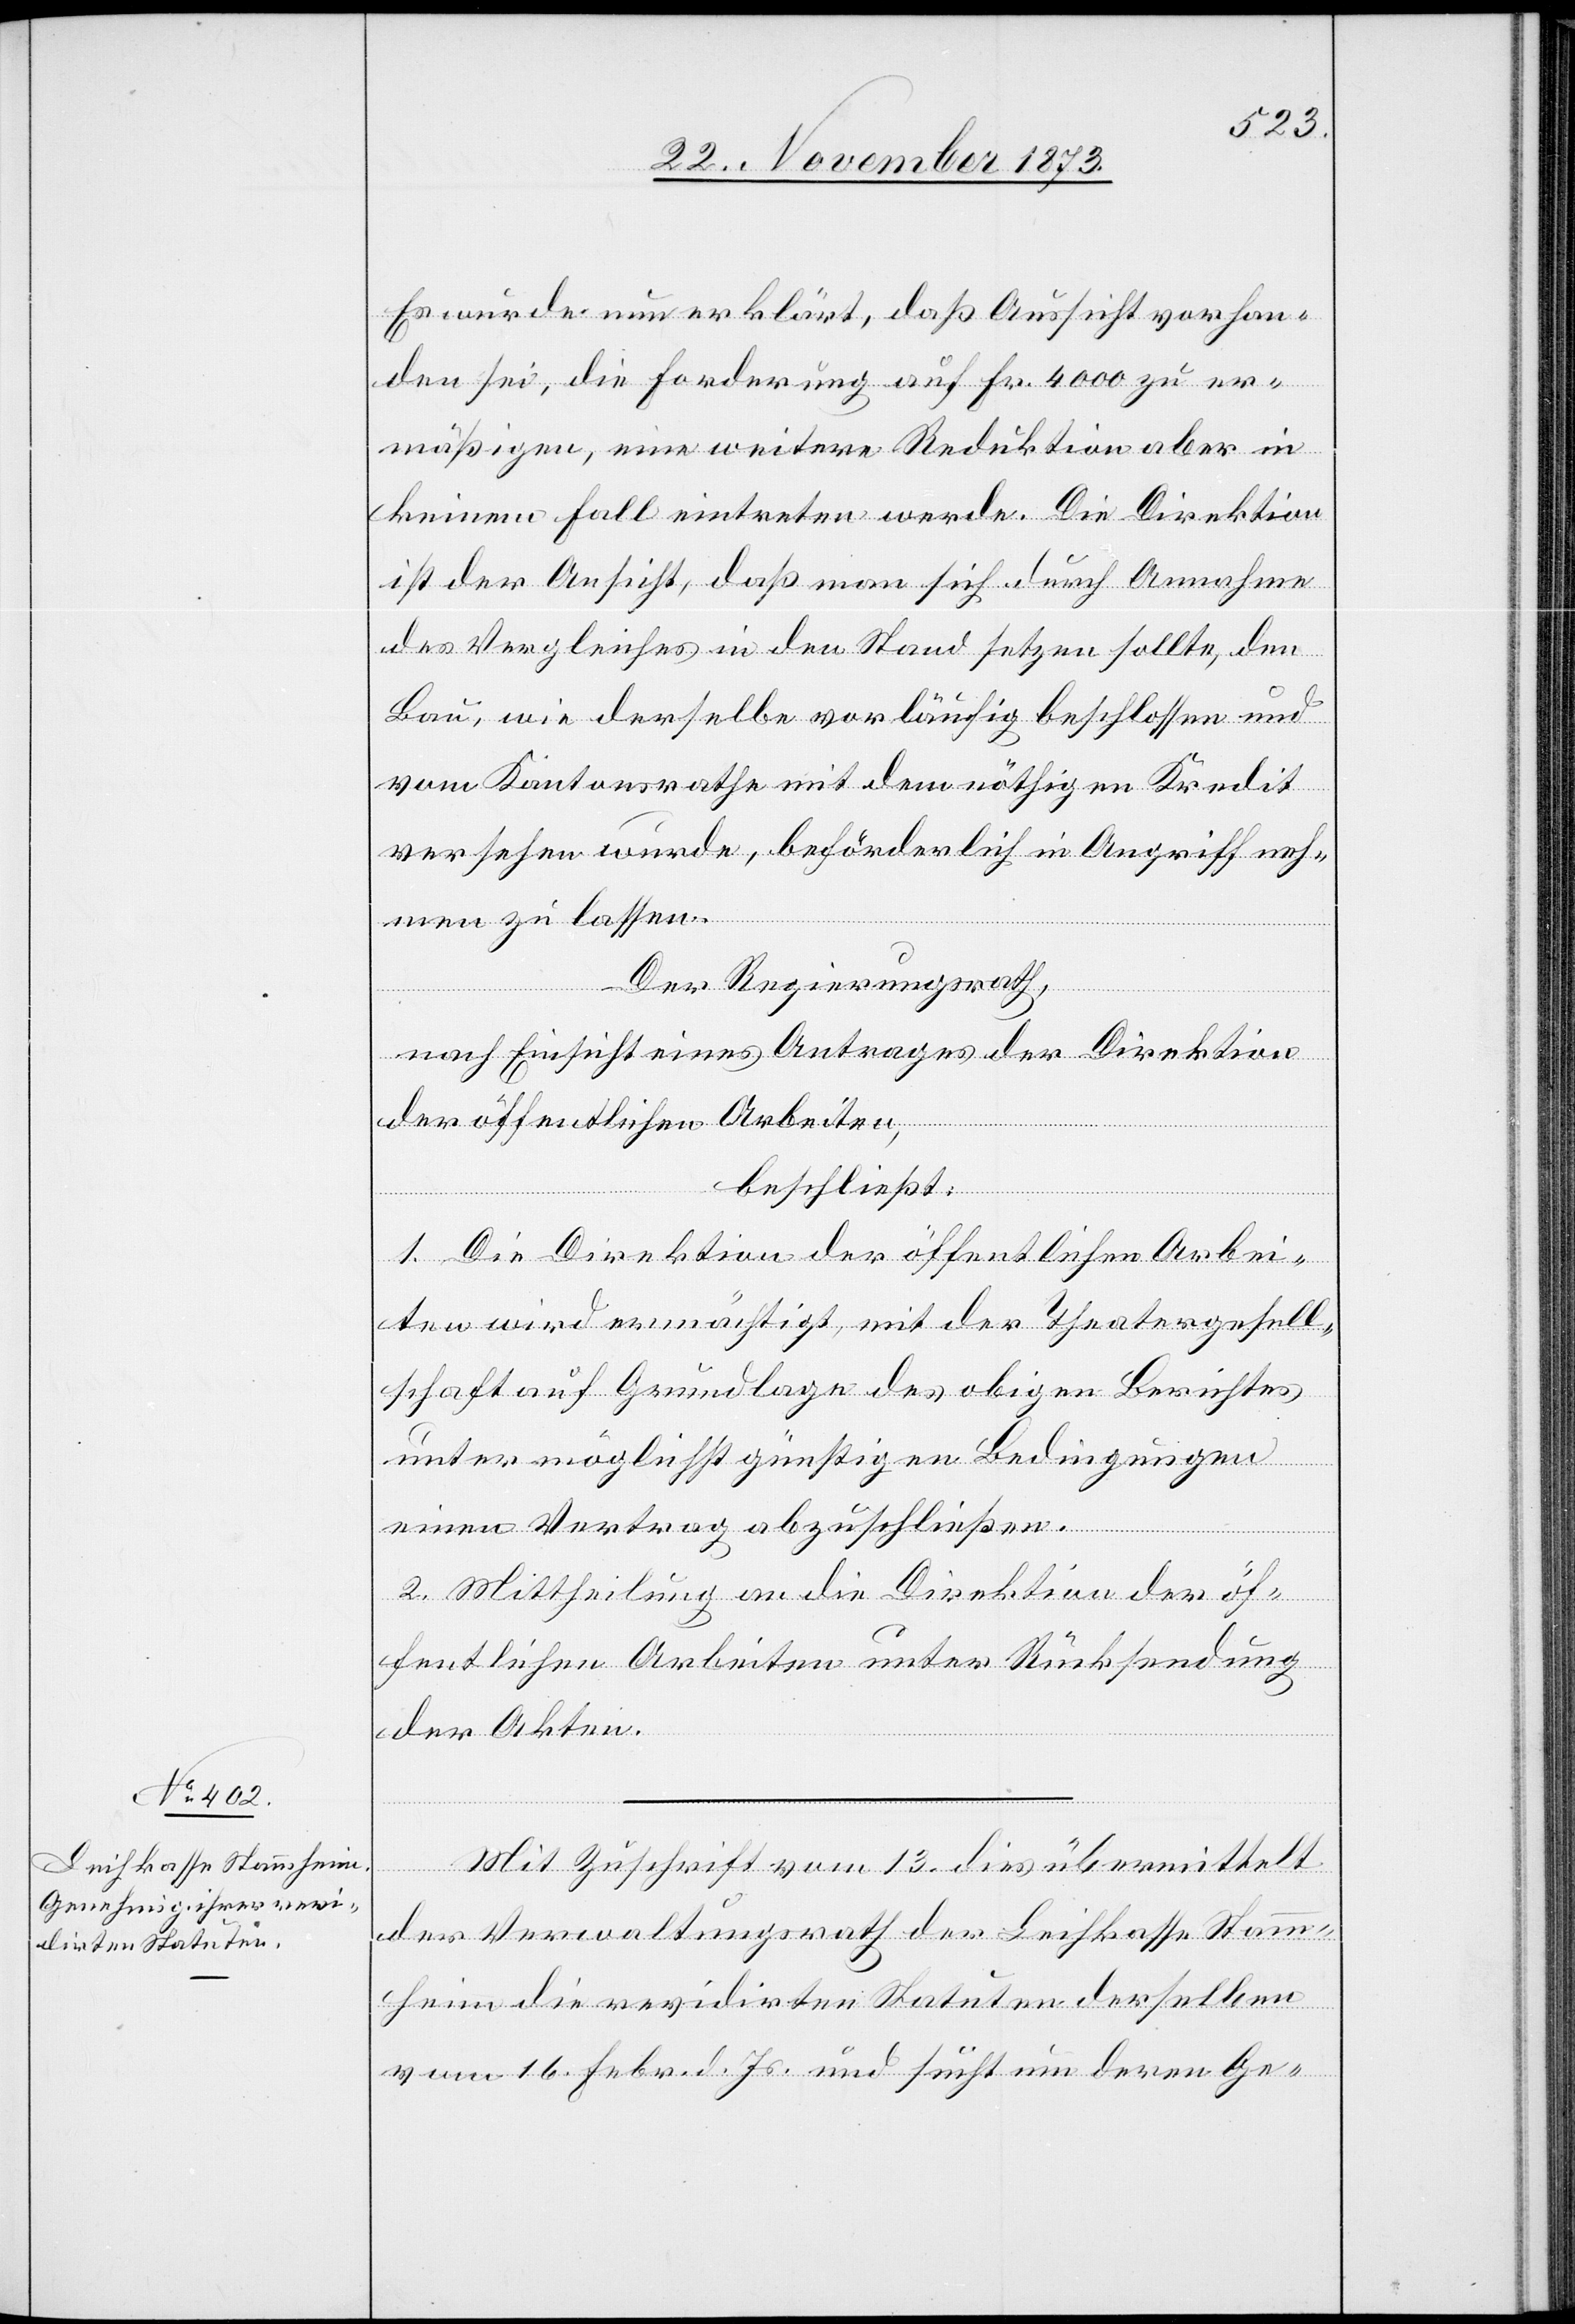
Es wurde nun erklärt, daß Aussicht vorhan¬
den sei, die Forderung auf Fr. 4 000 zu er¬
mäßigen, eine weitere Reduktion aber in
keinem Fall eintreten werde. Die Direktion
ist der Ansicht, daß man sich durch Annahme
des Vergleiches in den Stand setzen sollte, den
Bau, wie derselbe vorläufig beschlossen und
vom Kantonsrathe mit dem nöthigen Kredit
versehen wurde, beförderlich in Angriff neh¬
men zu lassen.
Der Regierungsrath,
nach Einsicht eines Antrages der Direktion
der öffentlichen Arbeiten,
beschließt:
1. Die Direktion der öffentlichen Arbei¬
ten wird ermächtigt, mit der Theatergesell¬
schaft auf Grundlage des obigen Berichtes
unter möglichst günstigen Bedingungen
einen Vertrag abzuschließen.
2. Mittheilung an die Direktion der öf¬
fentlichen Arbeiten unter Rücksendung
der Akten.
Mit Zuschrift vom 13. dies übermittelt
der Verwaltungsrath der Leihkasse Stamm¬
heim die revidirten Statuten derselben
vom 16. Febr. d. Js. und sucht um deren Ge-